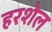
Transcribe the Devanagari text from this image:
हरशेल